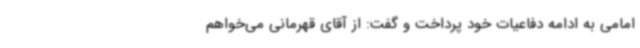
امامی به ادامه دفاعیات خود پرداخت و گفت: از آقای قهرمانی می‌خواهم